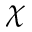
\chi